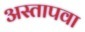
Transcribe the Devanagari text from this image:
अस्तापवा